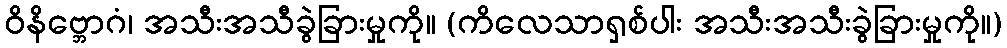
ဝိနိဗ္ဘောဂံ၊ အသီးအသီခွဲခြားမှုကို။ (ကိလေသာရှစ်ပါး အသီးအသီးခွဲခြားမှုကို။)